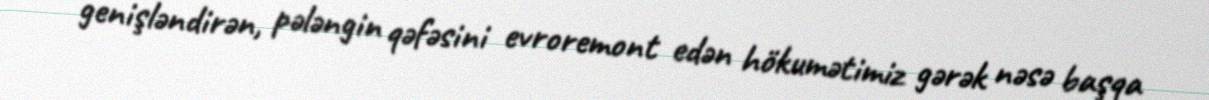
genişləndirən, pələngin qəfəsini evroremont edən hökumətimiz gərək nəsə başqa